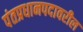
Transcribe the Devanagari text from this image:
पंतप्रधानपदावरील